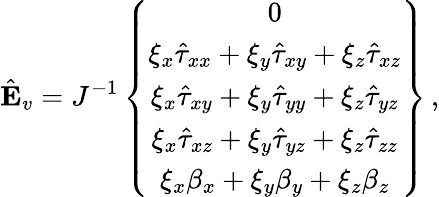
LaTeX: \hat{\mathbf{E}}_{v}=J^{-1}\left\{ \begin{array}{c}{0}\\ {\xi_{x}\hat{\tau}_{xx}+\xi_{y}\hat{\tau}_{xy}+\xi_{z}\hat{\tau}_{xz}}\\ {\xi_{x}\hat{\tau}_{xy}+\xi_{y}\hat{\tau}_{yy}+\xi_{z}\hat{\tau}_{yz}}\\ {\xi_{x}\hat{\tau}_{xz}+\xi_{y}\hat{\tau}_{yz}+\xi_{z}\hat{\tau}_{zz}}\\ {\xi_{x}{\beta}_{x}+\xi_{y}{\beta}_{y}+\xi_{z}{\beta}_{z}}\end{array}\right\} \, \mathrm{,}